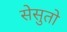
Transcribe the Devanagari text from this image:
सेसुतो